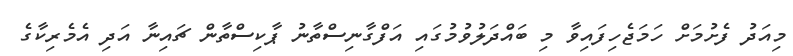
މިއަދު ފެށުމަށް ހަމަޖެހިފައިވާ މި ބައްދަލުވުމުގައި އަފްގާނިސްތާނު ޕާކިސްތާން ޗައިނާ އަދި އެމެރިކާގެ